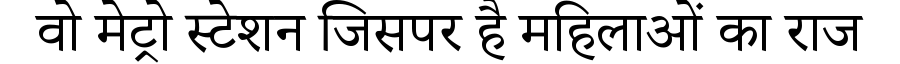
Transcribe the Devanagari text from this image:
वो मेट्रो स्टेशन जिसपर है महिलाओं का राज